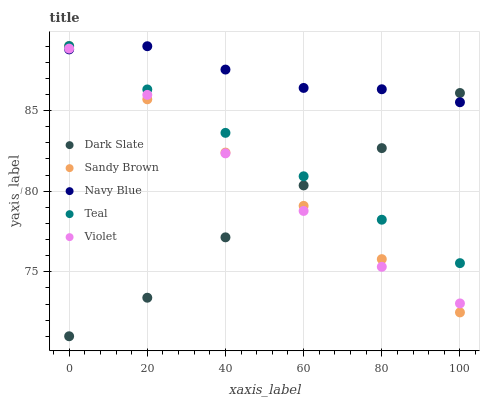
| xaxis_label | Dark Slate | Sandy Brown | Navy Blue | Teal | Violet |
 | --- | --- | --- | --- | --- | --- |
 | 0 | 71 | 89 | 88.8 | 89 | 88.8 |
 | 20 | 73.4 | 85.7 | 89 | 86.3 | 86 |
 | 40 | 77.1 | 82.4 | 87.5 | 83.6 | 82.3 |
 | 60 | 80.4 | 79.1 | 86.4 | 80.9 | 78.8 |
 | 80 | 82.7 | 75.8 | 86.3 | 78.2 | 75.3 |
 | 100 | 86.1 | 72.5 | 85.5 | 75.5 | 73 |